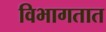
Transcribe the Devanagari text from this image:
विभागतात